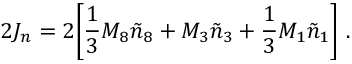
2 J _ { n } = 2 \biggl [ { \frac { 1 } { 3 } } M _ { 8 } { \tilde { n } } _ { 8 } + M _ { 3 } { \tilde { n } } _ { 3 } + { \frac { 1 } { 3 } } M _ { 1 } { \tilde { n } } _ { 1 } \biggr ] \ .